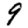
Digit: 9